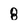
Character: 8